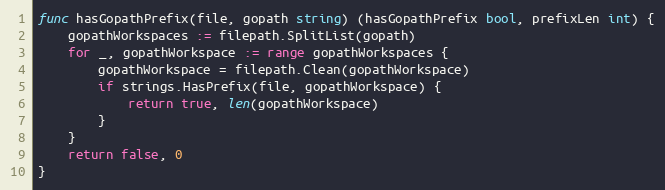
Language: Go
func hasGopathPrefix(file, gopath string) (hasGopathPrefix bool, prefixLen int) {
	gopathWorkspaces := filepath.SplitList(gopath)
	for _, gopathWorkspace := range gopathWorkspaces {
		gopathWorkspace = filepath.Clean(gopathWorkspace)
		if strings.HasPrefix(file, gopathWorkspace) {
			return true, len(gopathWorkspace)
		}
	}
	return false, 0
}